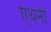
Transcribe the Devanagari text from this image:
एथनी